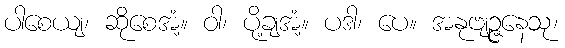
ပါစေယျ၊ ဆိုစေအံ့။ ဝါ၊ ပို့ချအံ့။ ပဒါ၊ ပေ။ အနုဗျဉ္ဇနေသု၊